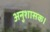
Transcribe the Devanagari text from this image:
अनुशासक।